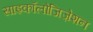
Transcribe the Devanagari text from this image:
साइकॉलोजिज़ेशन